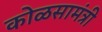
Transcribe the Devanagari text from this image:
कोळसामंत्री